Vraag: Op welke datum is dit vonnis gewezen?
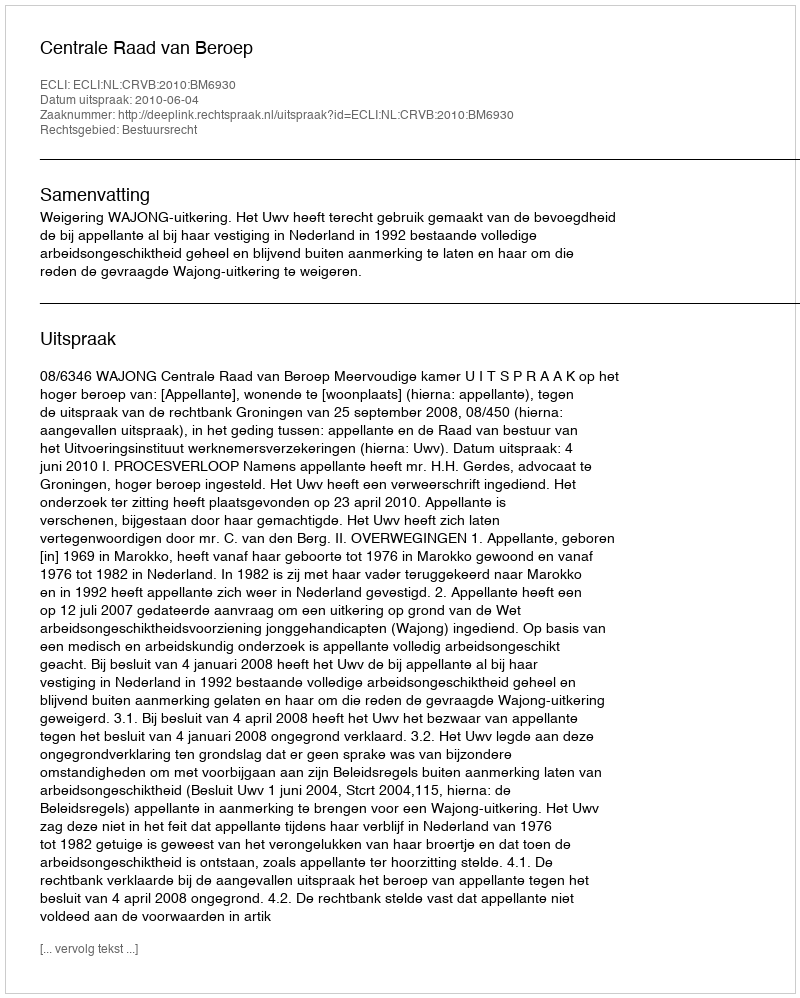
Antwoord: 2010-06-04